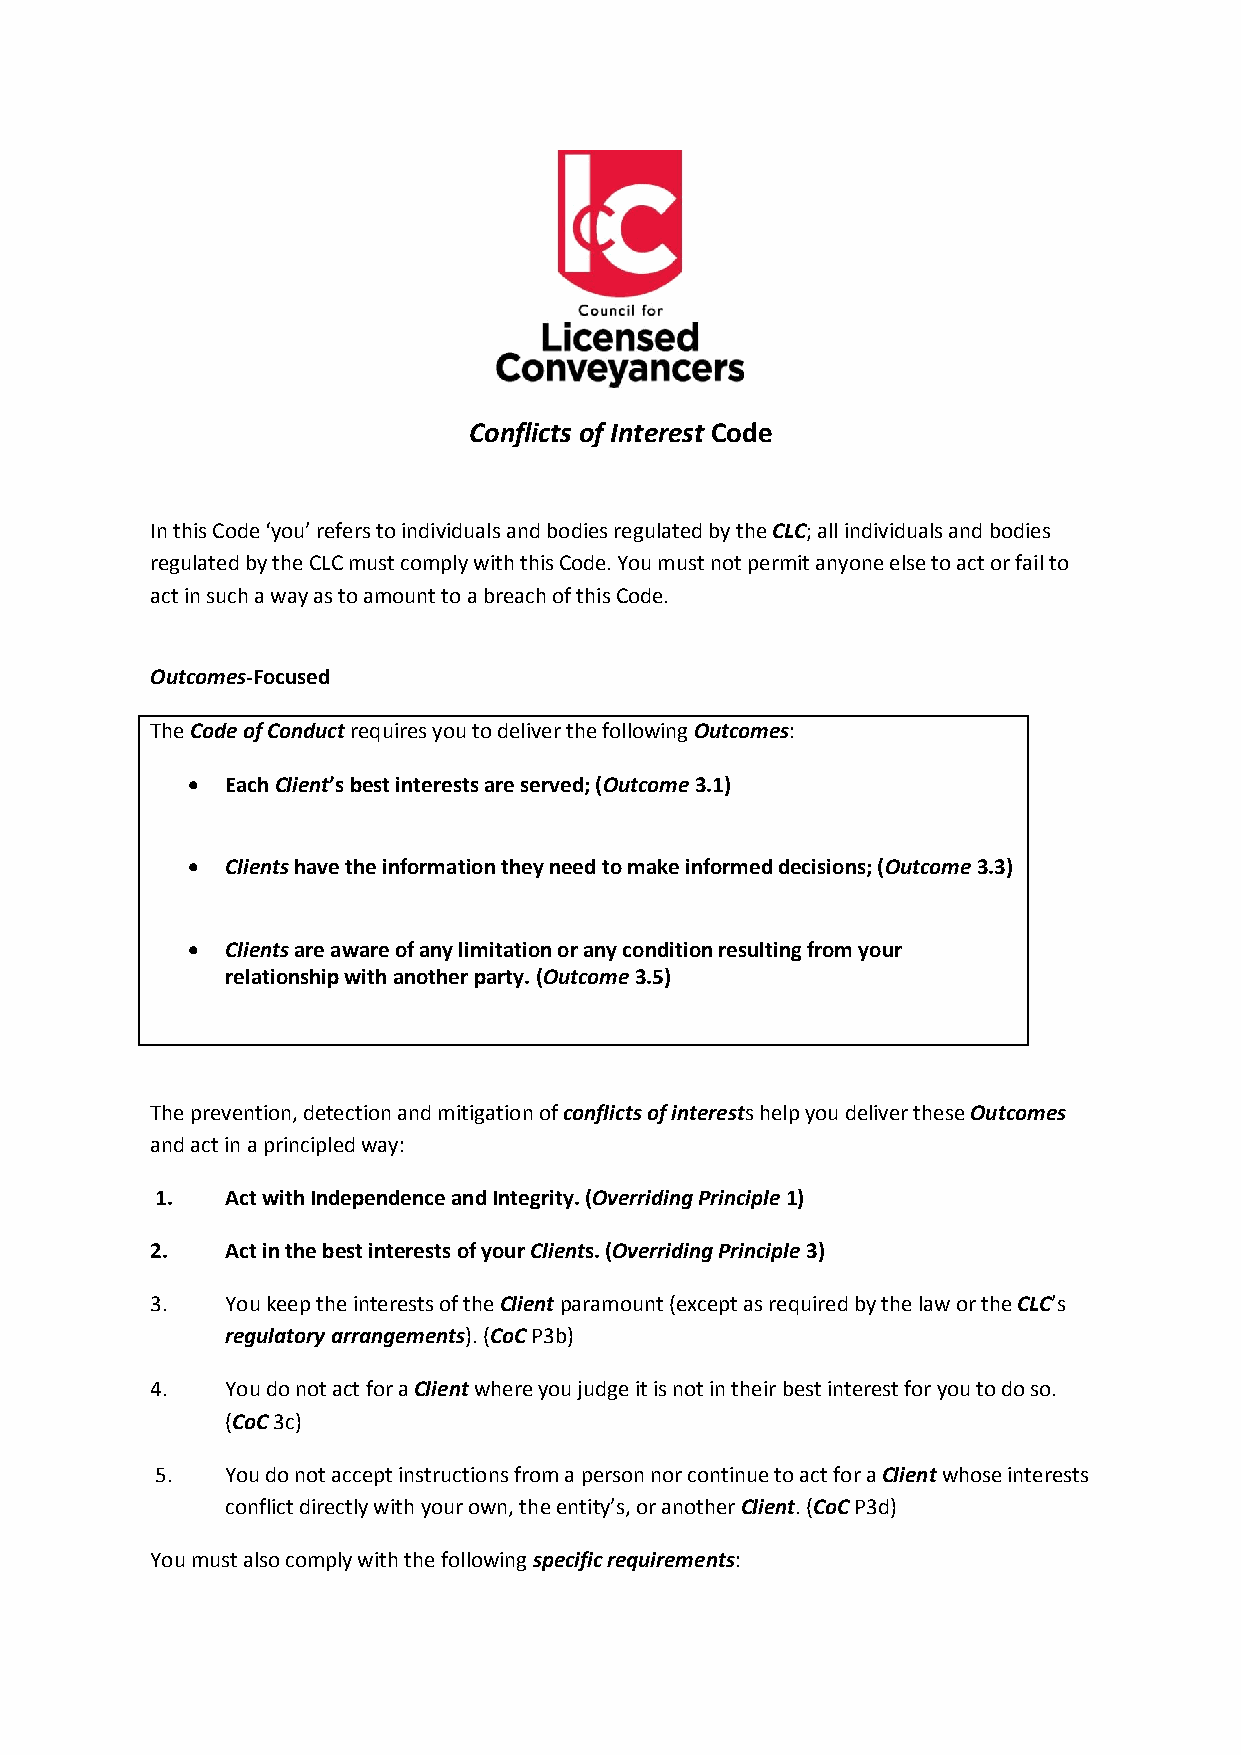
Conflicts of Interest Code
 In this Code ‘you’ refers to individuals and bodies regulated by the CLC; all individuals and bodies
 regulated by the CLC must comply with this Code. You must not permit anyone else to act or fail to
 act in such a way as to amount to a breach of this Code.
 Outcomes-Focused
 The Code of Conduct requires you to deliver the following Outcomes:
   Each Client’s best interests are served; (Outcome 3.1)
   Clients have the information they need to make informed decisions; (Outcome 3.3)
   Clients are aware of any limitation or any condition resulting from your
 relationship with another party. (Outcome 3.5)
 The prevention, detection and mitigation of conflicts of interests help you deliver these Outcomes
 and act in a principled way:
 1.   Act with Independence and Integrity. (Overriding Principle 1)
 2.   Act in the best interests of your Clients. (Overriding Principle 3)
 3.   You keep the interests of the Client paramount (except as required by the law or the CLC’s
 regulatory arrangements). (CoC P3b)
 4.   You do not act for a Client where you judge it is not in their best interest for you to do so.
 (CoC 3c)
 5.   You do not accept instructions from a person nor continue to act for a Client whose interests
 conflict directly with your own, the entity’s, or another Client. (CoC P3d)
 You must also comply with the following specific requirements: